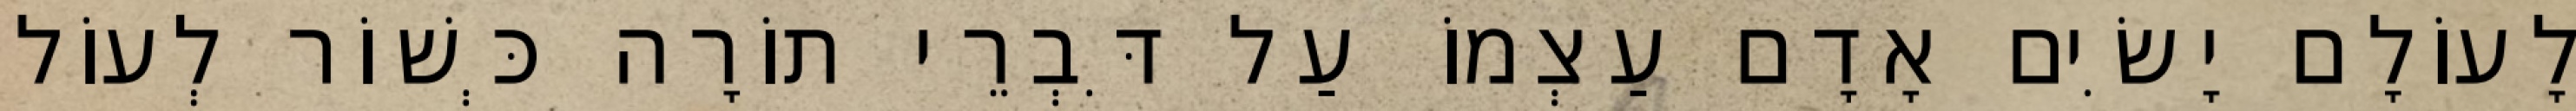
לָעוֹלָם יָשִׂים אָדָם עַצְמוֹ עַל דִּבְרֵי תוֹרָה כְּשׁוֹר לְעוֹל